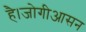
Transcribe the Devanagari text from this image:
है।जोगीआसन